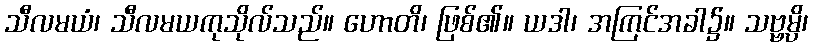
သီလမယံ၊ သီလမယကုသိုလ်သည်။ ဟောတိ၊ ဖြစ်၏။ ယဒါ၊ အကြင်အခါ၌။ သဗ္ဗမ္ပိ၊